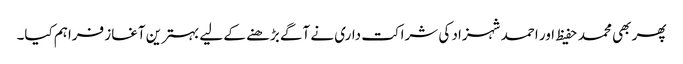
پھر بھی محمد حفیظ اور احمد شہزاد کی شراکت داری نے آگے بڑھنے کے لیے بہترین آغاز فراہم کیا۔